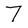
Character: 7